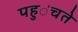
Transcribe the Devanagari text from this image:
पहु॑चते